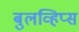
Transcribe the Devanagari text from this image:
बुलव्हिप्स